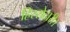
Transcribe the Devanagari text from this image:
हिस्सेदारी।